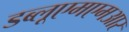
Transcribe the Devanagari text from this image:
डब्लूएमएमआर